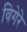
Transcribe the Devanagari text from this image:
विगेरे